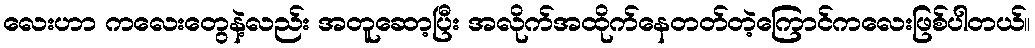
လေးဟာ ကလေးတွေနဲ့လည်း အတူဆော့ပြီး အလိုက်အထိုက်နေတတ်တဲ့ကြောင်ကလေးဖြစ်ပါတယ်။